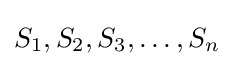
S_{1},S_{2},S_{3},\dots ,S_{n}